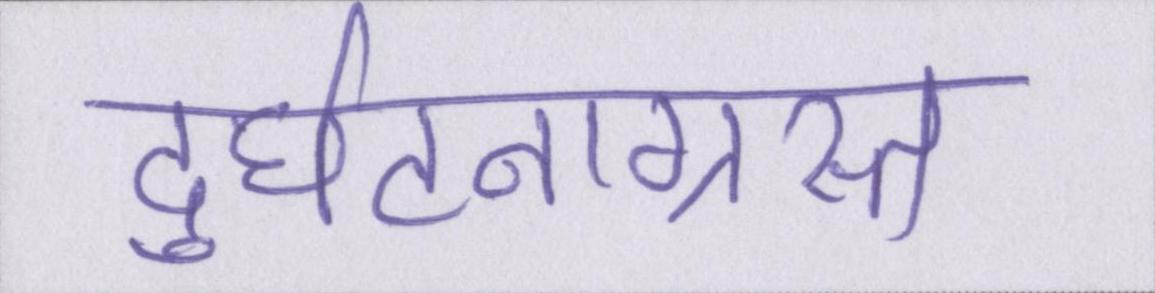
दुर्घटनाग्रस्त